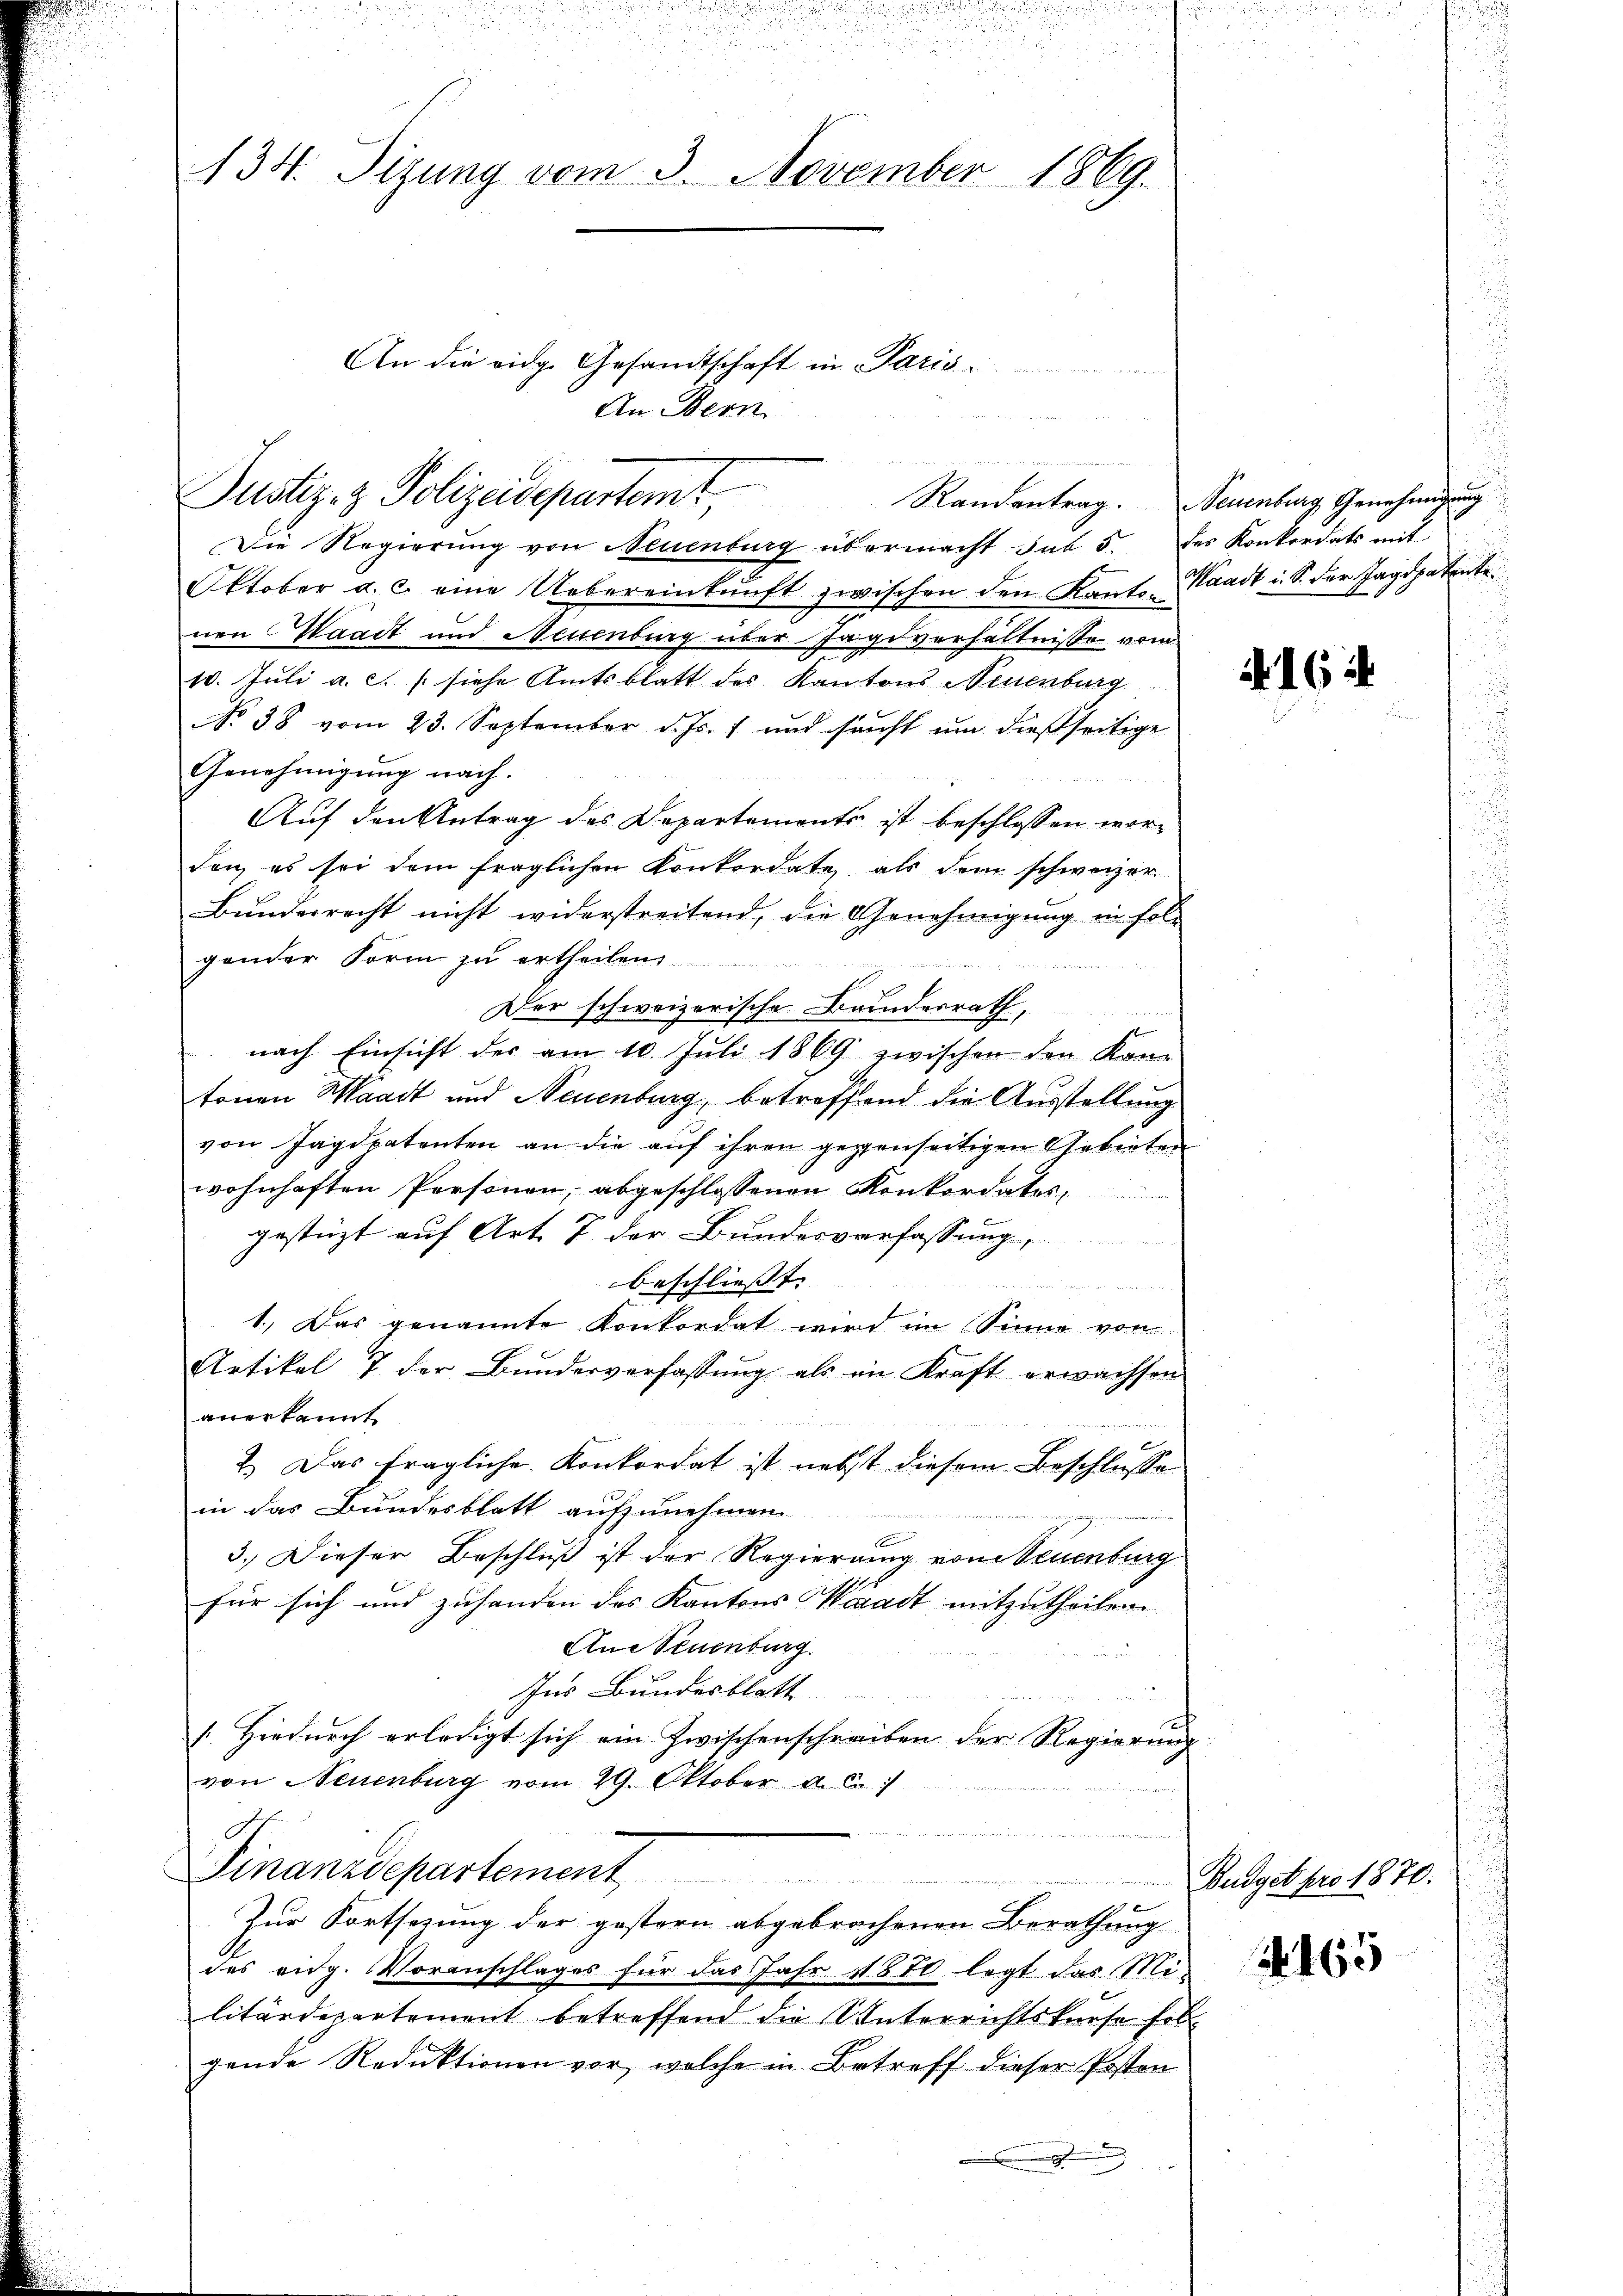
134. Tizung vom 3. November 1869.

wegen der
Justiz- & Polizeidepartemt,

An die eidg. Gesandtschaft in Paris
An Bern

Die Regierung von Neuenburg übermacht sub 5. des Konkordats mit
Oktober a. c. eine Uebereinkunft zwischen den Kanto Waadt i. S. der Jagdpatente.
nen Waadt und Neuenburg über Jägisverhältnisse vom
10. Juli a. c. / siche Amtsblatt des Kantons Neuenburg
No 38 vom 23. September d. Js. 1 und sonst um dießseitige
Genehmigung nach.
Auf den Antrag des Departements ist beschlossen worden, es sei dem fraglichen Konkordate als dem schweizer
Bundesrecht nicht widerstreitend, die Genehmigung in folgender Form zu ertheilen
G

.
Der schweizerische Banderrath,
nach Einsicht der am 10. Jŭli 1869 zwischen den Kan-
tonen Waadt und Neuenburg, betreffend die Ausstellung
von Jagdpatenten an die auf ihren gegenseitigen Gebieten
wohnhaften Personen, abgeschlossenen Konkordates,
gestüzt auf Art. 7. der Bundesverfassung,

beschliesst. |
 wie die werden, sie es hat die des
1.) Das genannte Konkordat wird im Sinne von
Artikel 7. der Bundesverfassŭng als in Kraft erwachsen
anerkannt
2.) Das fragliche Konkordat ist nebst diesem Beschlusse
in das Bundesblatt aufzunehmen.
3.) Dieser Beschluß ist der Regierung von Neuenburg
für sich und zuhanden des Kantons Waadt mitzutheilen.
Aneeuenburg.
Ins Bundesblatt
[Hiedurch erledigt sich ein Zwischenschreiben der Regierung
von Neuenburg vom 29. Oktober d. J.
It
Finanzdepartement,
Zur Fortsezung der gestern abgebrochenen Berathung
des eidg. Voranschlages für das Jahr 1870 legt das Militärdepartement betreffend die Unterrichtskrese Erb
gende Reduktionen vor, welche in Betreff dieser Posten

Randantrag. Neuenburg Genehmigung

416 i

Budget pro 1870.

165